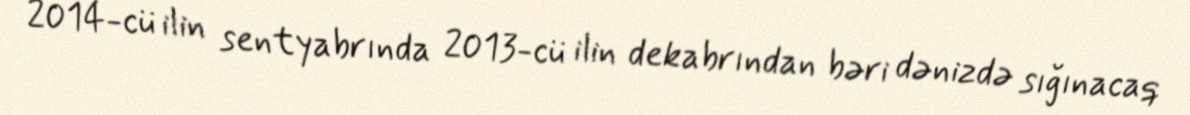
2014-cü ilin sentyabrında 2013-cü ilin dekabrından bəri dənizdə sığınacaq